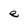
Character: e